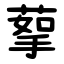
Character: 蒘